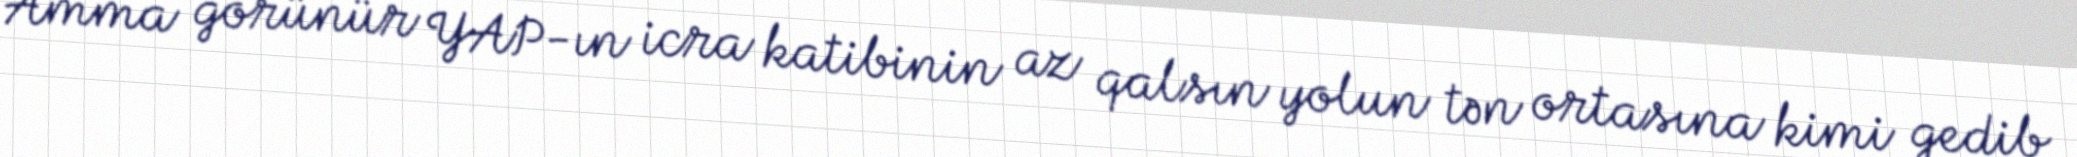
Amma görünür YAP-ın icra katibinin az qalsın yolun tən ortasına kimi gedib